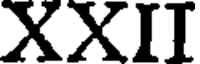
XXII